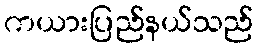
ကယားပြည်နယ်သည်